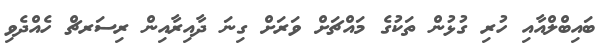
ބައިބްލްއާއި ހުރި ގުޅުން ތަކުގެ މައްޗަށް ވަރަށް ގިނަ ދާއިރާއިން ރިސަރޗް ހެއްދެވި